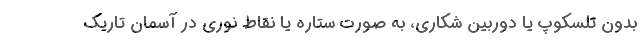
بدون تلسکوپ یا دوربین شکاری، به صورت ستاره یا نقاط نوری در آسمان تاریک